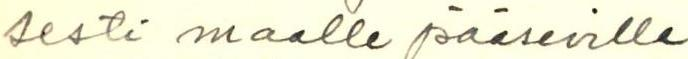
sesti maalle pääseville